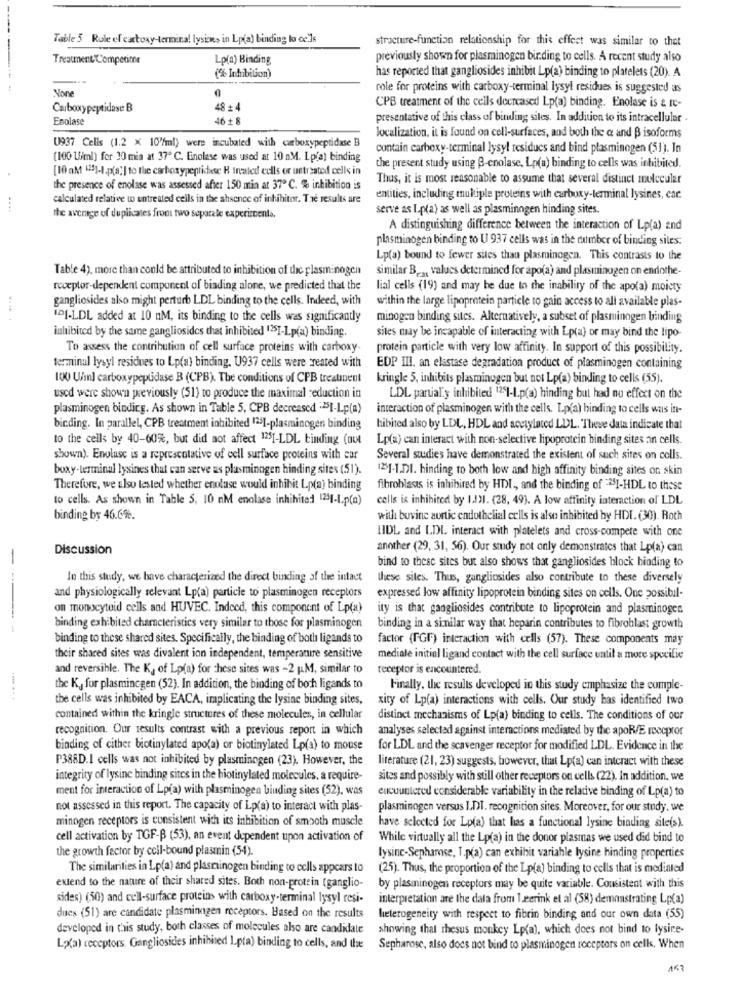
Table 5 Role of carboxy-termina! lysion> in Lp(a) binding to ce'ls
structure-function relationship for this effect was similar to that
Treatment Competione
Lp(a) Binding
previously shown for plasminogen birding to cells. A recent study also
has reported that gangliosides inhibit Lp(a) binding to platelets (20). A
(% Inhibition)
Vore
role for proteins with carboxy-terminal lysyl residues is suggested as
Carboxypeptidase B
48+4
CPB treatment of the cells decreased Lp(a) binding. Enolase is & Ic-
Enolase
46 + 8
presentative of this class of binding sites. In addition to its intracellular .
U937 Cells (1.2 × 10'/ml) were incubated with carboxypeptidase B
localization, it is found on cell-surfaces, and both the a and B isoforms
contain carboxy-terminal lysyl residues and bind plasminogen (51). In
(100 U/ml) for 30 min at 37 ℃. Enolese was used at 10 nM. Lp(a) binding
[10 aM "25]-1.p(8)] to the carboxypeptidese H treated cells or uetreated cells in
the present study using B-cnolase, Lp(a) binding to cells was inhibited.
Thus, it is most reasonable to assume that several distinct molecular
the presence of enolase was assessed after 150 min at 37 ℃. % inhibition is
calculated relative to untreated cells in the shsence of inhibitor. The results are
entities, including mukiple proteins with carboxy-terminal lysines, car.
....
serve as I.p(a) as well as plasminngen binding sites.
the average of duplicates from two separate experimenta.
A distinguishing difference between the interaction of Lp(a) and
plasminogen binding to U 937 cells was in the number of binding sites:
Lp(a) bound to fewer sites than plasminogen. This contrasts to the
Table 4), more than could be attributed to inhibition of the plasminogen
similar B .,, values determined for apo(a) and plasminogen on endothe-
receptor-dependent component of binding alone, we predicted that the
lial cells (19) and may be due to the inability of the apo(a) moiety
gangliosides also might perturb LDL binding to the cells. Indeed, with
within the large lipoprotein particle to gain access to all available plas-
1DI-LDL added at 10 nM, its binding to the cells was significantly
minogen binding sites. Alternatively, a subset of plasminogen binding
inhibited by the same gangliosides that inhibited 125I-Lp(a) binding.
sites may be incapable of interacting with Lp(a) or may bind the lipo-
To assess the contribution of cell surface proteins with carboxy-
protein particle with very low affinity. In support of this possibility.
terminal lysyl residues to Lp(a) binding. U937 cells were created with
EDP III, an elastase degradation product of plasminogen containing
100 U/ml carboxypeptidase B (CPB). The conditions of CPB treatment
kringle 5, inhibits plasminogen but not Lp(a) binding to cells (55).
used were shown previously (51) to produce the maximal reduction in
LDL partial'y inhibited 1251-1.p(a) hinding but had no effect on the
plasminogen binding. As shown in Table 5, CPB decreased -25I-Lp(a)
interaction of plasminogen with the cells. Lp(a) binding to cells was in-
binding. In parallel, CPB treatment inhibited 1241-plasminogen binding
hibited also by LDL, HDL and acetylaced LDL. "Theve data indicate that
to the cells by 40-60%, but did not affect 1251-LDL tinding (aut
Lp(a) can interact with non-selective lipoprotein binding sites an cells.
shown). Enoluse is a representative of cell surface proteins with car
Several studies have demonstrated the existent of such sites on cells.
boxy-terminal lysines that can serve as plasminogen binding sites (51).
125]-1.DI. hinding to both low and high affinity binding sites on skin
Therefore, we Elso tested whether enolase would inhibit Lp(a) binding
fibroblasts is inhibited by HDI ., and the binding of ="I-HDL to these
to cells. As shown in Table 5, 10 nM enolase inhibited 1251-1.p(a)
cells is inhibited by 1.131. (28, 49). A low affinity interaction of LDL
binding by 46.6%.
will bovine aortic endothelial cells is also inhibited by HDI. (30). Roth
HIDL and LDL. interact with platelets and cross-compete with one
Discussion
another (29, 31, 56). Our study not only demonstrates that Lp(a) can
-
bind to these sites but also shows that gangliosides block binding to
In this study, we have characterized the direct binding of the intact
these sites. Thus, gangliosides also contribute to these diversely
and physiologically relevant Lp(a) particle to plasminogen receptors
expressed low affinity lipoprotein binding sites on cells. One possibil-
on monocytoid cells and HUVEC. Indeed, this component of Lp(a)
ity is that gangliosides contribute to lipoprotein and plasminogen.
----
binding exhibited characteristics very similar to those for plasminogen
binding in a similar way that heparin contributes to fibroblast growth
binding to these shared sites. Specifically, the binding of both ligands to
factor (FGF) interaction with cells (57). These components may
their shared sites was divalent ion independent, temperature sensitive
mediale initial ligand contact with the cell surface until a more specific
and reversible. The K, of Lp(a) for these sites was -2 KM, similar to
receptor is encountered.
the Ky for plasmincgen (52). In addition, the binding of both ligands to
Finally, the results developed in this study emphasize the comple-
the cells was inhibited by EACA, implicating the lysine binding sites,
xity of Lp(a) interactions with cells. Our study has identified two
contained within the kringle structures of these molecules, in cellular
distinct mechanisms of Lp(a) binding to cells. The conditions of our
recognition. Our results contrast with a previous report in which
analyses selected against interactions mediated by the apoR/E roecpror
binding of cither biotinylated apo(a) or biotinylated Lp(a) to mouse
for LDL and the scavenger receptor for modified LDL. Evidence in the
P388D.I cells was not inhibited by plasminogen (23). However, the
literature (21, 23) suggests, however, that Lp(a) can interact with these
integrity of lysine binding sites in the hiotinylated molecules, a require-
sites and possibly with still other receptors on cells (22). In addition, we
ment for interaction of Lp(a) with plasminogen binding sites (52), was
eucountered considerable variability in the relative binding of Lp(a) to
not assessed in this report. The capacity of Lp(a) to interact with plas-
plasminogen versus IDT. recognition sites. Moreover, for our study. we
minogen receptors is consistent with its inhibition of smooth muscle
have selected for Lp(a) that has a functional lysine binding site(s).
cell activation by TGF-B (53), an event dependent upon activation of
While virtually all the Lp(a) in the donor plasmas we used did bind to
the growth factor by ccil-bound plasmin (54).
lysine-Sepharose, T.p(a) can exhibit variahle lysine hinding properties
The similarities in Lp(a) and plasminogen binding to cells appears to
(25). Thus, the proportion of the Lp(a) binding to cells that is mediated
extend to the nature of their shared sites. Both non-protein (ganglio-
by plasminogen receptors may be quite variable. Consistent with this
sides) (50) and cell-surface proteins with carboxy-terminal lysyl resi-
interpretation are the data from 1.gerink et al (58) demonstrating Lp(a)
dues (51) are candidate plasminogen receptors. Based on the results
heterogeneity with respect to fibrin binding and our own data (55)
developed in this study, both classes of molecules also are candidate
showing that rhesus monkey Lp(a), which does not bind to lysire-
Lo(a) ceceptors. Gangliosides inhibited I.pta) binding to cells, and the
Sepharose, also does not bind to plasminogen receptors on cells. When